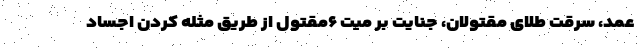
عمد، سرقت طلای مقتولان، جنایت بر میت ۶مقتول از طریق مثله کردن اجساد